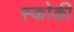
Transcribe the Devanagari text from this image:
स्कोकी